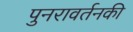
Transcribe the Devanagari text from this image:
पुनरावर्तनकी